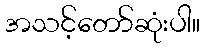
အသင့်တော်ဆုံးပါ။